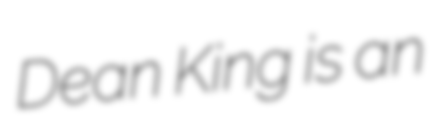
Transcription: Dean King is an